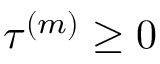
\tau ^ { ( m ) } \ge 0